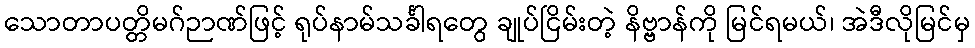
သောတာပတ္တိမဂ်ဉာဏ်ဖြင့် ရုပ်နာမ်သင်္ခါရတွေ ချုပ်ငြိမ်းတဲ့ နိဗ္ဗာန်ကို မြင်ရမယ်၊ အဲဒီလိုမြင်မှ